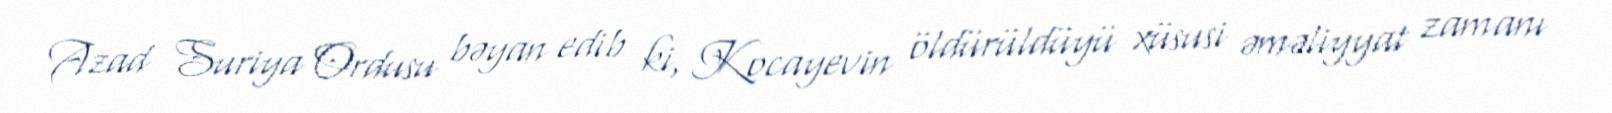
Azad Suriya Ordusu bəyan edib ki, Kocayevin öldürüldüyü xüsusi əməliyyat zamanı